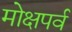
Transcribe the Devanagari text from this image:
मोक्षपर्व